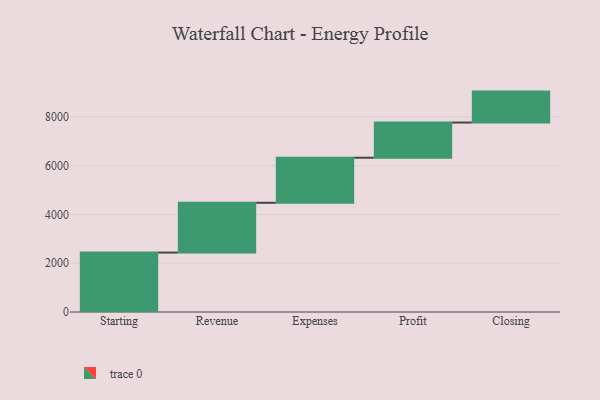
{"axis": {"x": "Step", "y": "Value"}, "legend": [""], "data": [{"x": "Starting", "y": 2436.0, "type": ""}, {"x": "Revenue", "y": 2042.0, "type": ""}, {"x": "Expenses", "y": 1847.0, "type": ""}, {"x": "Profit", "y": 1443.0, "type": ""}, {"x": "Closing", "y": 1268.0, "type": ""}]}